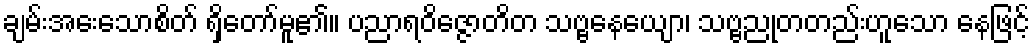
ချမ်းအေးသောစိတ် ရှိတော်မူ၏။ ပညာရဝိဇ္ဇောတိတ သဗ္ဗနေယျော၊ သဗ္ဗညုတတည်းဟူသော နေဖြင့်